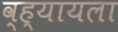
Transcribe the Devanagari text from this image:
व्ह्यायला